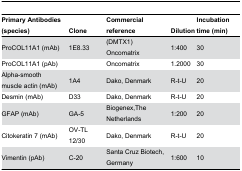
<table><thead><tr><td><b>Primary Antibodies (species)</b></td><td><b>Clone</b></td><td><b>Commercial reference</b></td><td><b>Dilution</b></td><td><b>Incubation time (min)</b></td></tr></thead><tbody><tr><td>ProCOL11A1 (mAb) </td><td>1E8.33</td><td>(DMTX1) Oncomatrix</td><td>1:400</td><td>30</td></tr><tr><td>ProCOL11A1 (pAb)</td><td></td><td>Oncomatrix</td><td>1.2000</td><td>30</td></tr><tr><td>Alpha-smooth muscle actin (mAb)</td><td>1A4</td><td>Dako, Denmark</td><td>R-t-U</td><td>20</td></tr><tr><td>Desmin (mAb)</td><td>D33</td><td>Dako, Denmark</td><td>R-t-U</td><td>20</td></tr><tr><td>GFAP (mAb)</td><td>GA-5</td><td>Biogenex,The Netherlands</td><td>1:200</td><td>20</td></tr><tr><td>Citokeratin 7 (mAb)</td><td>OV-TL 12/30</td><td>Dako, Denmark</td><td>R-t-U</td><td>20</td></tr><tr><td>Vimentin (pAb)</td><td>C-20</td><td>Santa Cruz Biotech, Germany</td><td>1:600</td><td>10</td></tr></tbody></table>